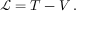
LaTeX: { \mathcal { L } } = T - V \, .